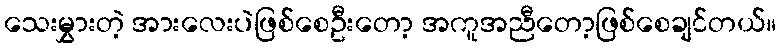
သေးမွှားတဲ့ အားလေးပဲဖြစ်စေဦးတော့ အကူအညီတော့ဖြစ်စေချင်တယ်။